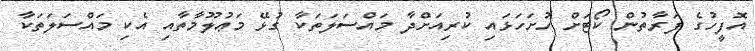
އޮފީހުގެ ފަރާތުން ކޯޓަށް ހުށަހަޅައި ކުރިއަށްދާ މައްސަލަތަކާ ގުޅޭ މަޢުލޫމާތާއި އެކި މައްސަލަތަކާ